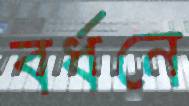
বর্ধনে